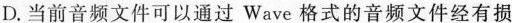
D.当前音频文件可以通过Wave格式的音频文件经有损